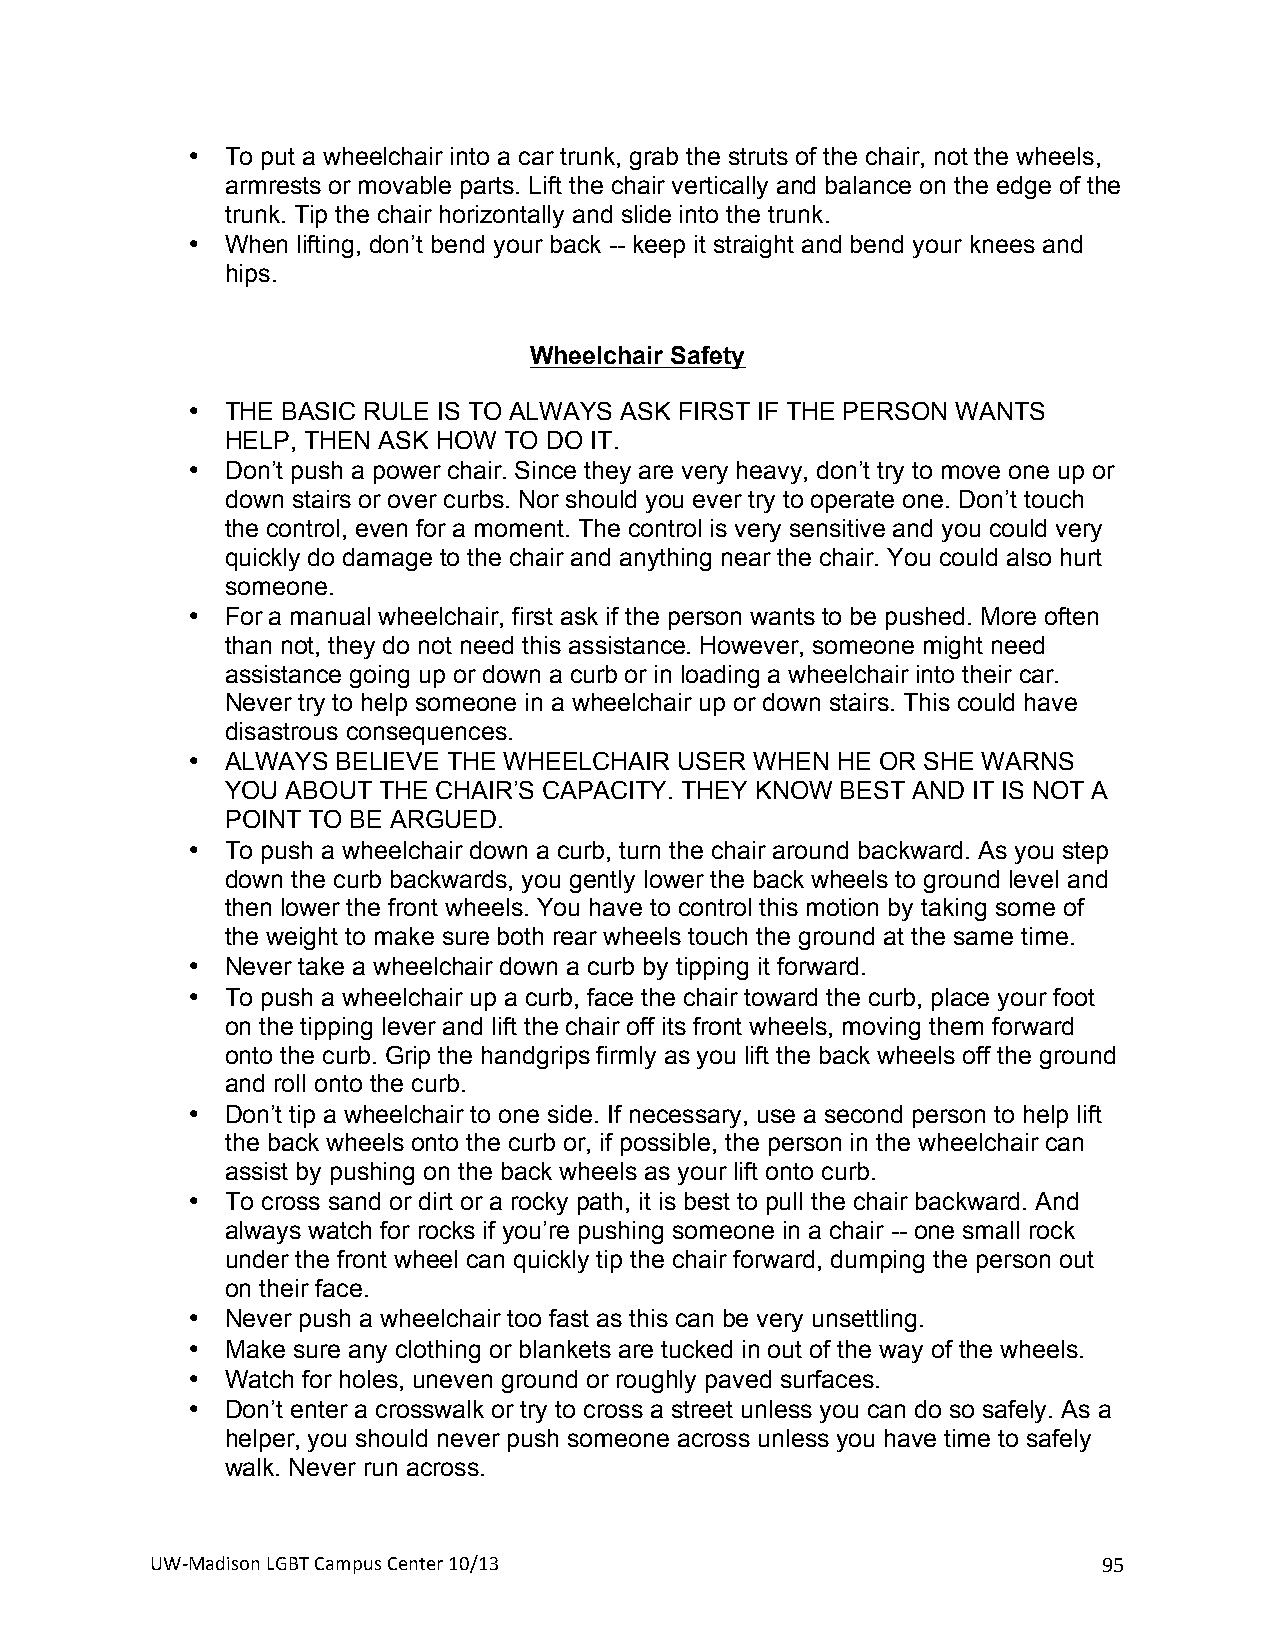
•  To put a wheelchair into a car trunk, grab the struts of the chair, not the wheels,
 armrests or movable parts. Lift the chair vertically and balance on the edge of the
 trunk. Tip the chair horizontally and slide into the trunk.
 •  When lifting, don’t bend your back -- keep it straight and bend your knees and
 hips.
 Wheelchair Safety
 •  THE BASIC RULE IS TO ALWAYS ASK FIRST IF THE PERSON WANTS
 HELP, THEN ASK HOW TO DO IT.
 •  Don’t push a power chair. Since they are very heavy, don’t try to move one up or
 down stairs or over curbs. Nor should you ever try to operate one. Don’t touch
 the control, even for a moment. The control is very sensitive and you could very
 quickly do damage to the chair and anything near the chair. You could also hurt
 someone.
 •  For a manual wheelchair, first ask if the person wants to be pushed. More often
 than not, they do not need this assistance. However, someone might need
 assistance going up or down a curb or in loading a wheelchair into their car.
 Never try to help someone in a wheelchair up or down stairs. This could have
 disastrous consequences.
 •  ALWAYS BELIEVE THE WHEELCHAIR USER WHEN HE OR SHE WARNS
 YOU ABOUT THE CHAIR’S CAPACITY. THEY KNOW BEST AND IT IS NOT A
 POINT TO BE ARGUED.
 •  To push a wheelchair down a curb, turn the chair around backward. As you step
 down the curb backwards, you gently lower the back wheels to ground level and
 then lower the front wheels. You have to control this motion by taking some of
 the weight to make sure both rear wheels touch the ground at the same time.
 •  Never take a wheelchair down a curb by tipping it forward.
 •  To push a wheelchair up a curb, face the chair toward the curb, place your foot
 on the tipping lever and lift the chair off its front wheels, moving them forward
 onto the curb. Grip the handgrips firmly as you lift the back wheels off the ground
 and roll onto the curb.
 •  Don’t tip a wheelchair to one side. If necessary, use a second person to help lift
 the back wheels onto the curb or, if possible, the person in the wheelchair can
 assist by pushing on the back wheels as your lift onto curb.
 •  To cross sand or dirt or a rocky path, it is best to pull the chair backward. And
 always watch for rocks if you’re pushing someone in a chair -- one small rock
 under the front wheel can quickly tip the chair forward, dumping the person out
 on their face.
 •  Never push a wheelchair too fast as this can be very unsettling.
 •  Make sure any clothing or blankets are tucked in out of the way of the wheels.
 •  Watch for holes, uneven ground or roughly paved surfaces.
 •  Don’t enter a crosswalk or try to cross a street unless you can do so safely. As a
 helper, you should never push someone across unless you have time to safely
 walk. Never run across.
 UW#Madison+LGBT+Campus+Center+10/13+                           95+